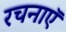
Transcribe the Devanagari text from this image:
रचनाऍ